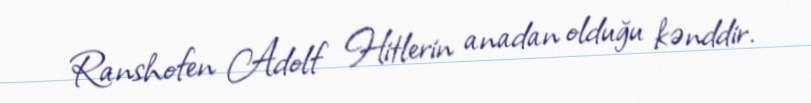
Ranshofen Adolf Hitlerin anadan olduğu kənddir.